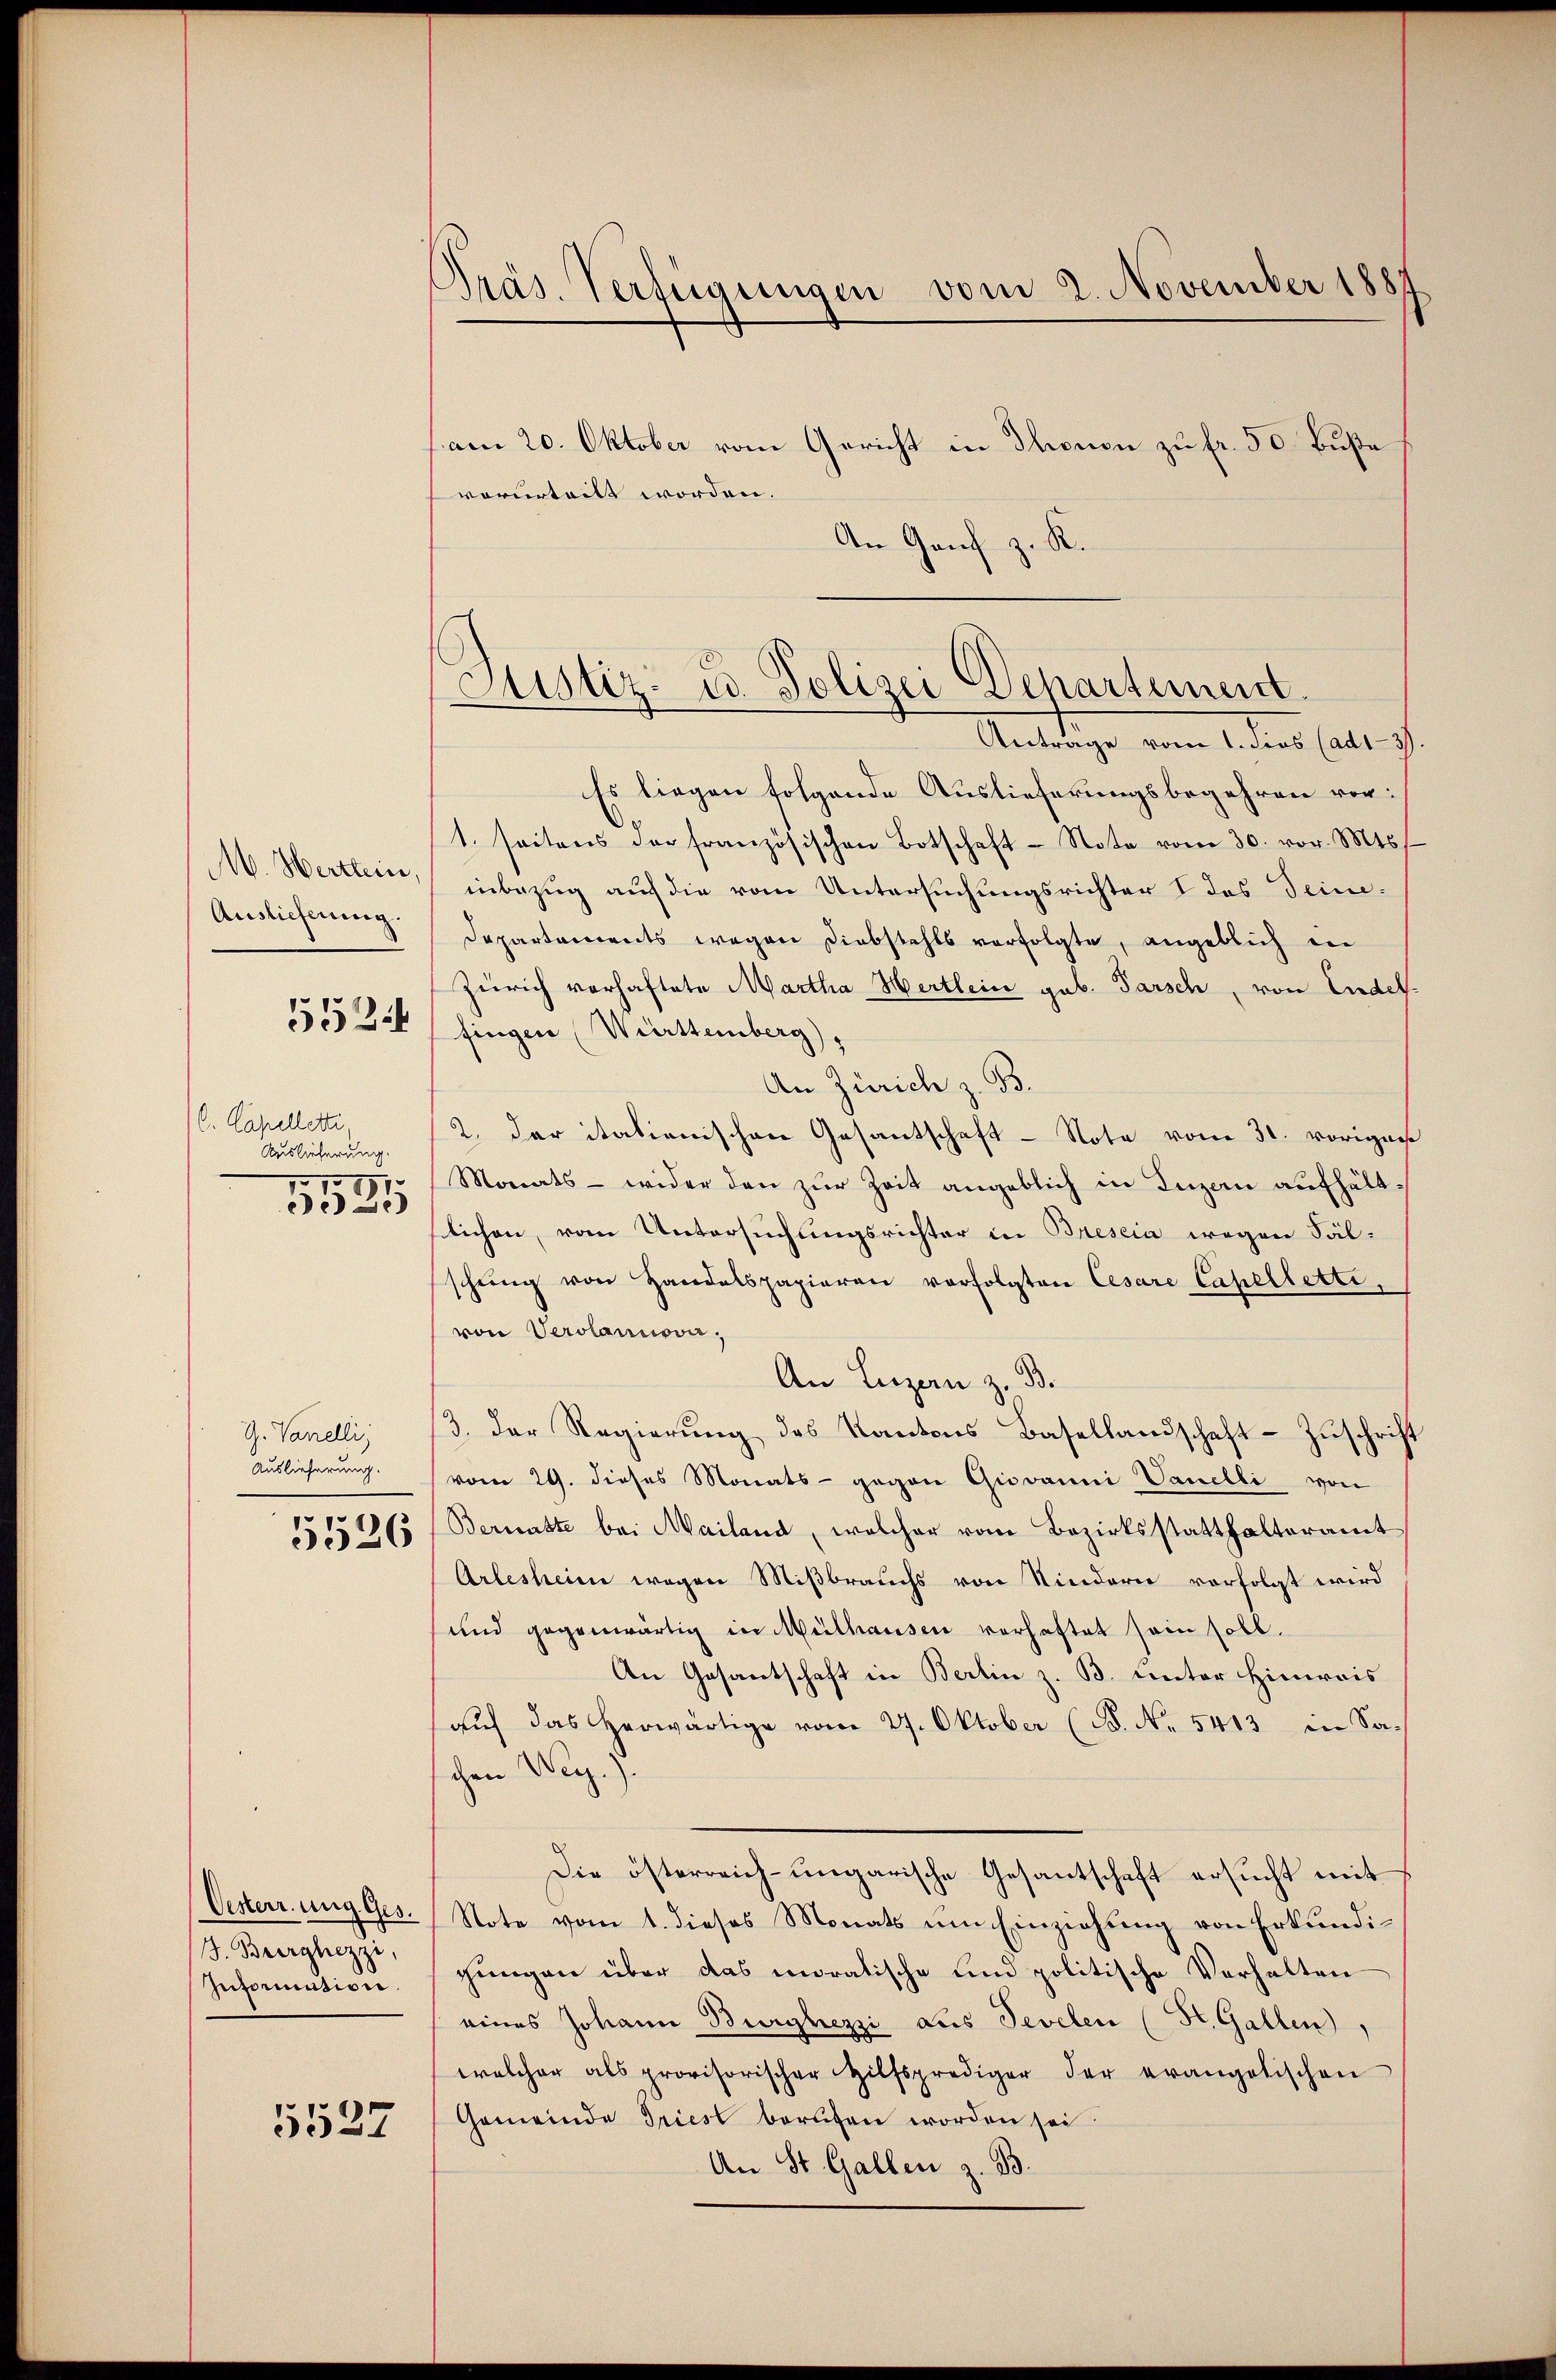
M. Hertlein,
Auslieferung.
C. Capelletti
Auslieferung.
5585

552

G. Vanelli
Auslieferung.

5526

Oesterr. ung. Ges.
J. Brorghezzi,
Information

5537

An Genf z. R.

Präs. Verfügungen vom 2. November 1887
am 20. Oktober vom Gericht in Thonen zu fr. 50 Buße
vorurteilt worden.

Justiz- u. Polizei Departement.

Antätige vom Anders halt d
Es liegen folgende Auslieferungsbegehren vor:
1. seitens der französischen Botschaft-Note vom 30. vor. Mts
inbezug auf die vom Untersuchungsrichter I des Deine¬
Departements wegen Diebstahls verfolgte, angeblich in
Zürich vorhaftete Martha Hertlein geb. Parsch, von Endel
fingen (Württemberg),
An Zürich z. B.
2. Der itationischen Gesantschaft - Note vom 31. vorigen
Monats - wider den zŭr Zeit angeblich in Luzern aufhältstlichen, vom Untersuchungsrichter in Brescia wegen Fälschŭng von Handelspapieren verfolgten Cesare Capelletti,
von Verolannover,
An Luzern z. B.
3. Der Regierŭng des Kantons Basellandschaft - Zuschrift
vom 29. dieses Monats- gegen Giovanni Vanelli von
Bernatte bei Mailand, welcher vom Bezirksstatthalteramt
Arlesheim wegen Mißbrauchs von Kindern vorfolgt wird
und gegenwärtig in Mülhausen vorhaftet sein soll.
An Gesantschaft in Berlin z. B. unter Hinweis
auf das herwärtige vom 27. Oktober (B. No 5413 in Sachen Weg.).
Die österreich-ungarische Gesantschaft ersucht mit
Note vom 1. dieses Monats um Einziehŭng von Erkŭndi-
gungen über das moralische und politische Verhalten
eines Johann Burghezzi aus Sevelen (St. Gallen,
welcher als provisorischer Hilfsprediger der evangetischen
Gemeinde Triest berufen worden sei
An St. Gallen z. B.